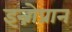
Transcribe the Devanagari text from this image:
इन्नोप्रान